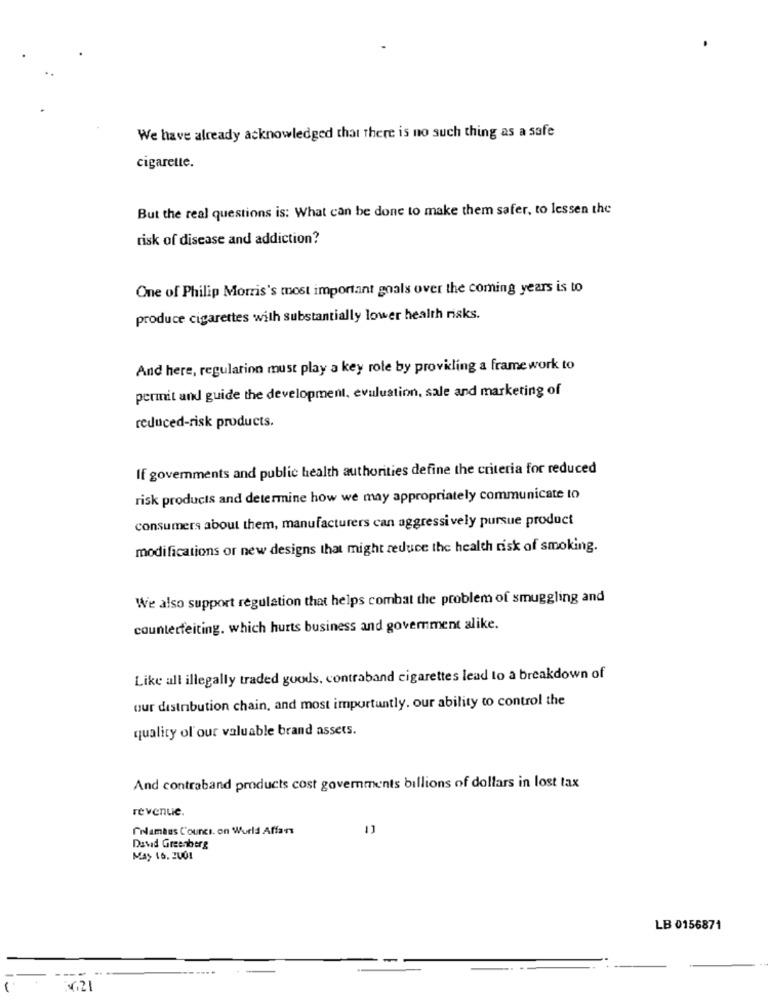
We have already acknowledged that there is no such thing as a safe
cigarette.
But the real questions is: What can be done to make them safer, to lessen the
risk of disease and addiction?
One of Philip Morris's most important goals over the coming years is to
produce cigarettes with substantially lower health risks.
And here, regulation must play a key role by providing a framework to
permit and guide the development, evaluation, sale and marketing of
reduced-risk products.
If governments and public health authorities define the criteria for reduced
risk products and determine how we may appropriately communicate to
consumers about them, manufacturers can aggressively pursue product
modifications or new designs that might reduce the health risk of smoking.
We also support regulation that helps combat the problem of smuggling and
counterfeiting. which hurts business and government alike.
Like all illegally traded goods, contraband cigarettes lead to a breakdown of
our distribution chain, and most importantly. our ability to control the
quality of our valuable brand assets.
And contraband products cost governments billions of dollars in lost tax
revenue.
Crlamtes Counci. on World Affars
Davad Greenberg
May 16. 200!
LB 0156871
....